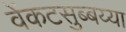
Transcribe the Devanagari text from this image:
वेंकटसुब्बय्या